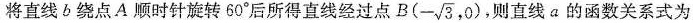
将直线b绕点A顺时针旋转60°后所得直线经过点BB(- \sqrt{3},0)，则直线a的函数关系式为